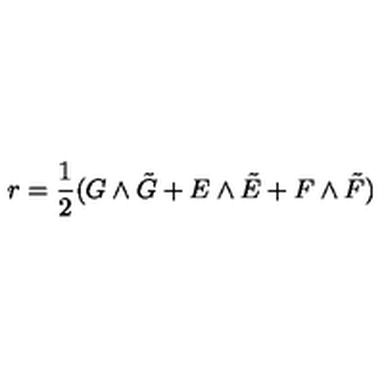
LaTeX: r = { \frac { 1 } { 2 } } ( G \wedge \tilde { G } + E \wedge \tilde { E } + F \wedge \tilde { F } )